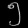
Digit: ၅